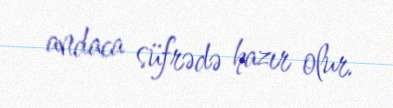
andaca süfrədə hazır olur.